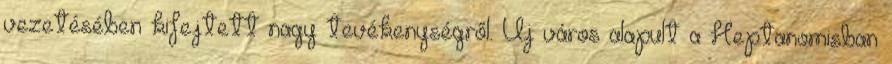
vezetésében kifejtett nagy tevékenységről. Uj város alapult a Heptanomisban